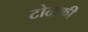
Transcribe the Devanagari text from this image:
टोळकी